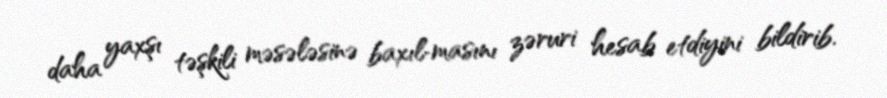
daha yaxşı təşkili məsələsinə baxıl­masını zəruri hesab etdiyini bildirib.